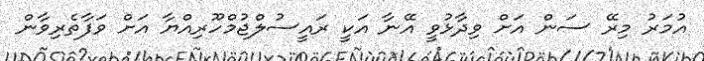
އުމަރު މިރޭ ސަން އަށް ވިދާޅުވީ އޭނާ އަކީ ރައީސުލްޖުމްހޫރިއްޔާ އަށް ވަފާތެރިވާން